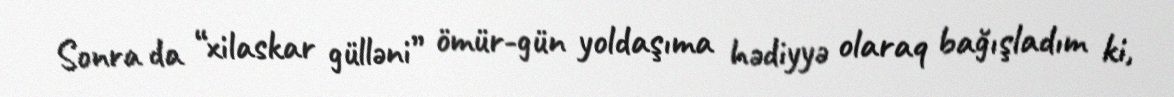
Sonra da “xilaskar gülləni” ömür-gün yoldaşıma hədiyyə olaraq bağışladım ki,